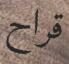
قراح